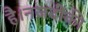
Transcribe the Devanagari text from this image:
है।नजदीकी